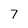
Character: 7